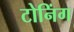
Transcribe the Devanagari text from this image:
टोनिंग